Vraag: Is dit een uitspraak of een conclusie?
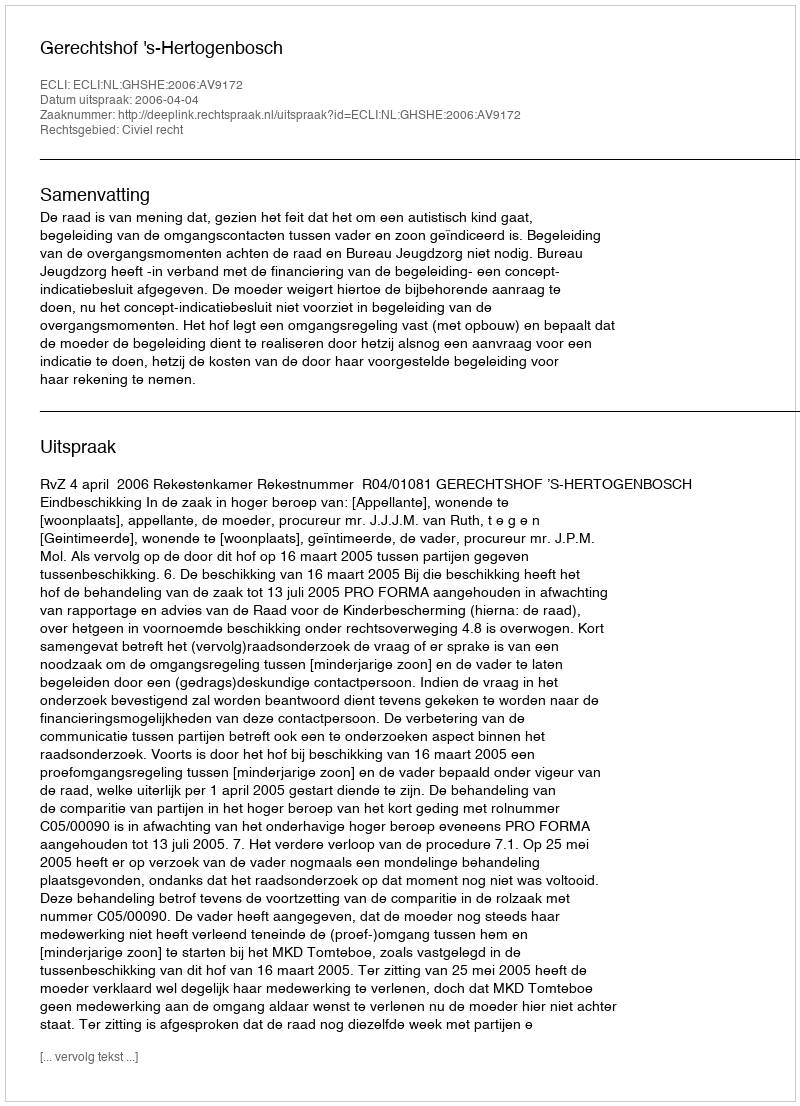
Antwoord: Uitspraak